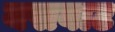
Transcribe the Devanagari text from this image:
यसबाट